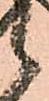
候